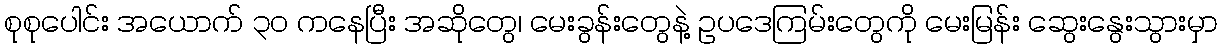
စုစုပေါင်း အယောက် ၃၀ ကနေပြီး အဆိုတွေ၊ မေးခွန်းတွေနဲ့ ဥပဒေကြမ်းတွေကို မေးမြန်း ဆွေးနွေးသွားမှာ